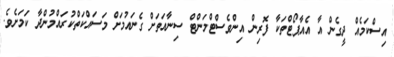
އިސްކަމެއް ދީގެން އާ އެއާޕޯޓްތަކާ ފޮރިން އިންވެސްޓްމަންޓް ސިނާއަތަށް ގެނައުމަށް މަސައްކަތްކުރައްމުންދާ ކަމަށެވެ.